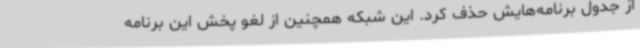
از جدول برنامه‌هایش حذف کرد. این شبکه همچنین از لغو پخش این برنامه